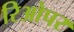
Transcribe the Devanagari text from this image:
रिओपर